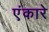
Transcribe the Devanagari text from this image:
एंकारे